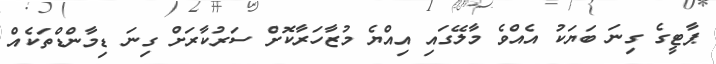
ޕާޓީގެ ގިނަ ބަޔަކު އެއްވެ މާލޭގައި އިއްޔެ މުޒާހަރާކޮށް ސަރުކާރަށް ގިނަ ޑިމާންޑްތަކެއް